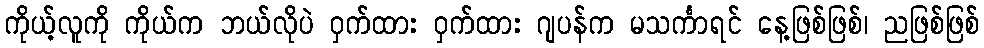
ကိုယ့်လူကို ကိုယ်က ဘယ်လိုပဲ ဝှက်ထား ဝှက်ထား ဂျပန်က မသင်္ကာရင် နေ့ဖြစ်ဖြစ်၊ ညဖြစ်ဖြစ်